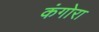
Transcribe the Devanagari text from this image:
कंगोरा